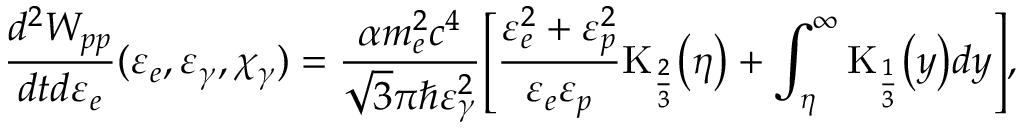
\frac { d ^ { 2 } W _ { p p } } { d t d \varepsilon _ { e } } ( \varepsilon _ { e } , \varepsilon _ { \gamma } , \chi _ { \gamma } ) = \frac { \alpha m _ { e } ^ { 2 } c ^ { 4 } } { \sqrt { 3 } \pi \hbar \varepsilon _ { \gamma } ^ { 2 } } \Biggl [ \frac { \varepsilon _ { e } ^ { 2 } + \varepsilon _ { p } ^ { 2 } } { \varepsilon _ { e } \varepsilon _ { p } } \mathrm { K } _ { \frac { 2 } { 3 } } \bigl ( \eta \bigr ) + \int _ { \eta } ^ { \infty } \mathrm { K } _ { \frac { 1 } { 3 } } \bigl ( y \bigr ) d y \Biggr ] ,